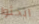
ابحثوا